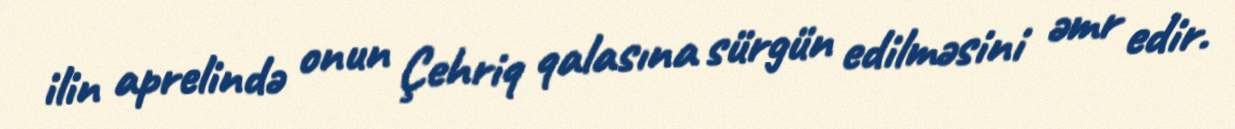
ilin aprelində onun Çehriq qalasına sürgün edilməsini əmr edir.